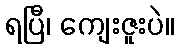
ရပြီ၊ ကျေးဇူးပဲ။